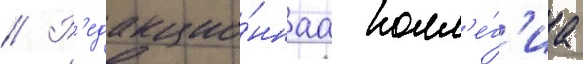
// Р'едакцио́ннаа колл'е́г'иа